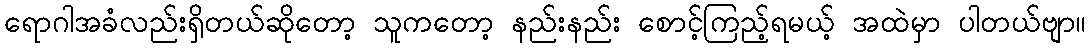
ရောဂါအခံလည်းရှိတယ်ဆိုတော့ သူကတော့ နည်းနည်း စောင့်ကြည့်ရမယ့် အထဲမှာ ပါတယ်ဗျာ။